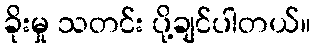
ခိုးမှု သတင်း ပို့ချင်ပါတယ်။